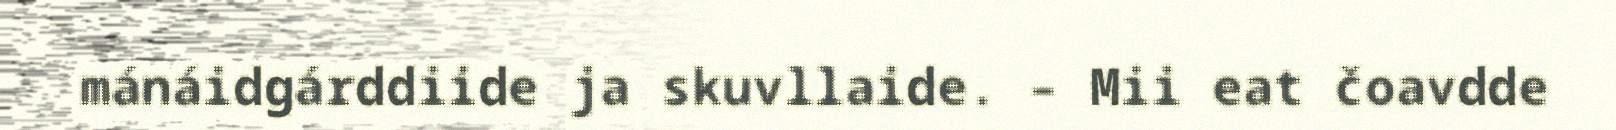
mánáidgárddiide ja skuvllaide. – Mii eat čoavdde